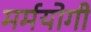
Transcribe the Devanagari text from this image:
मर्मयोगी